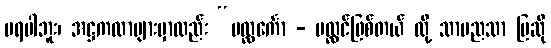
မရပါဘူး၊ အဋ္ဌကထာများမှာလည်း “ပလ္လင်္ကော - ပလ္လင်ဖြစ်တယ် လို့ သာမညသာ ပြဆို